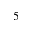
_ 5